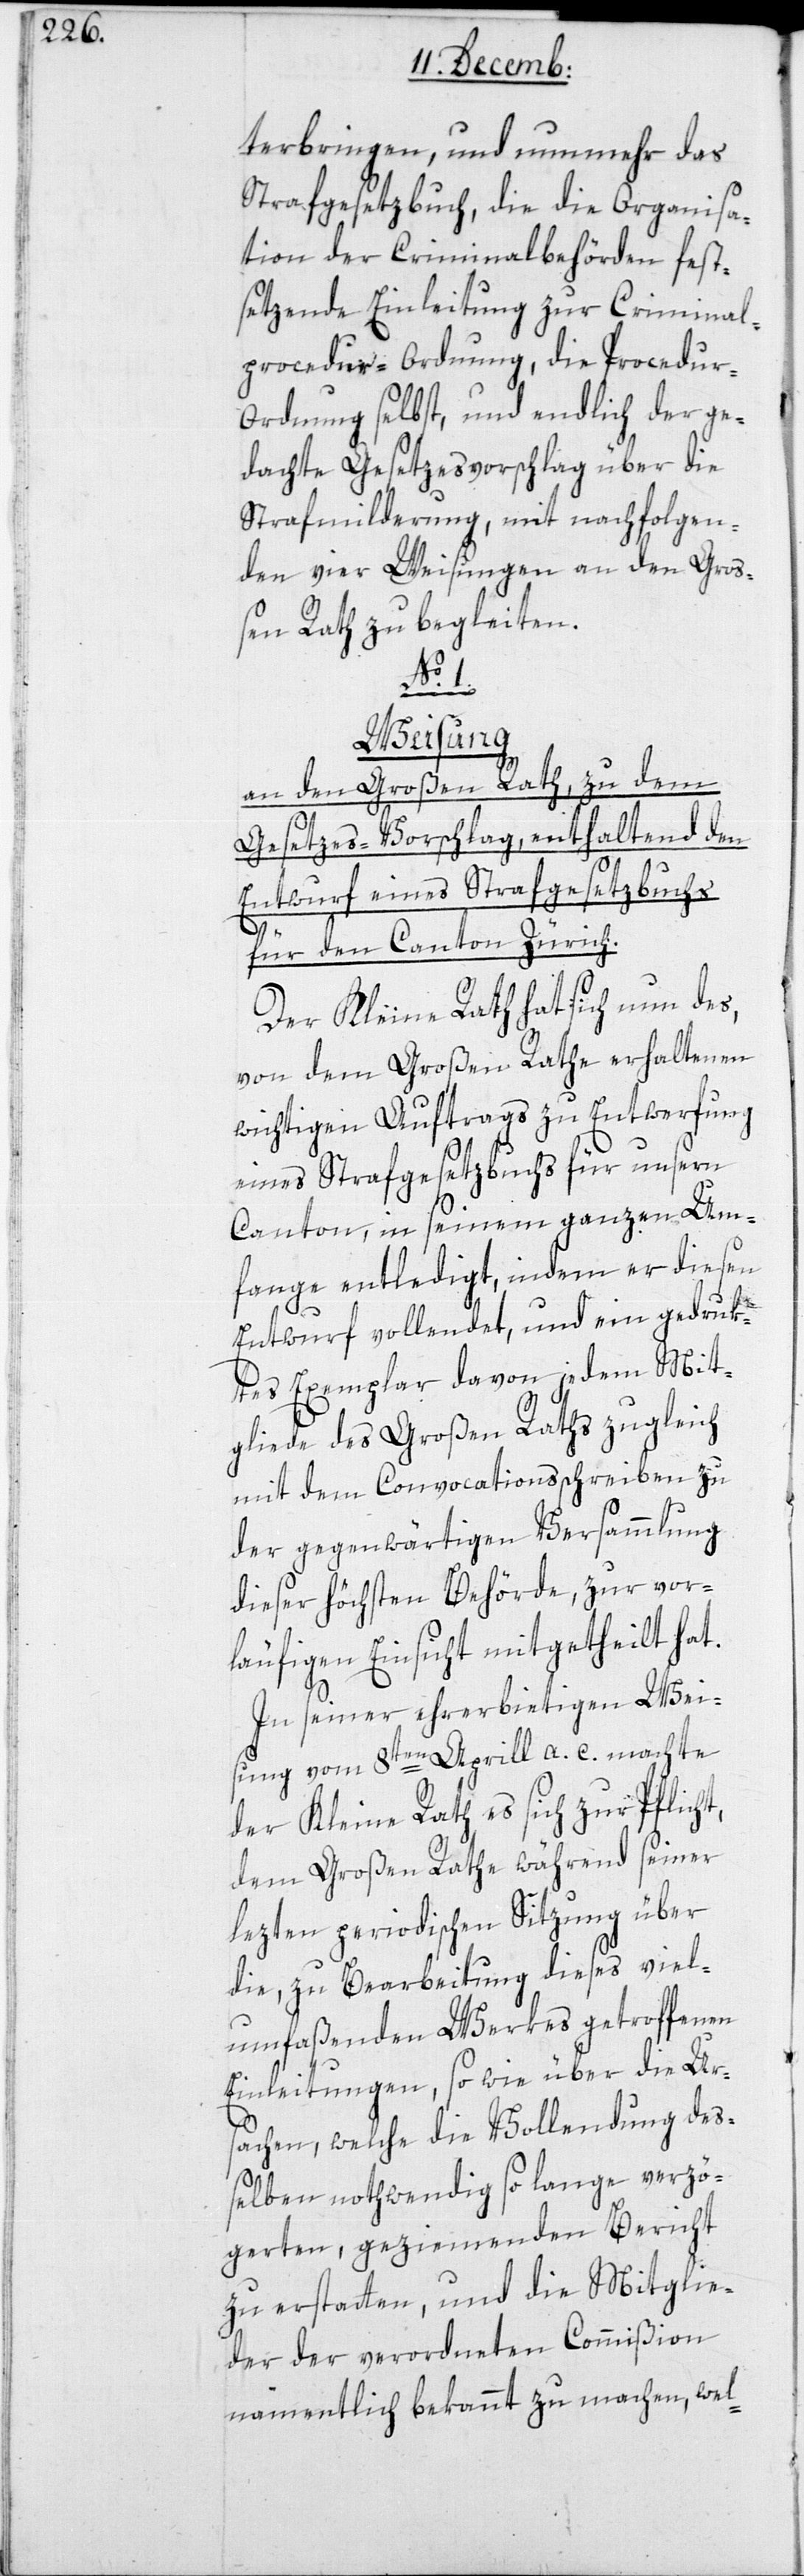
terbringen, und nunmehr das
Strafgesetzbuch, die die Organisa¬
tion der Criminalbehörden fest¬
setzende Einleitung zur Criminal¬
procedur-Ordnung, die Procedur-O¬
rdnung selbst, und endlich der ge¬
dachte Gesetzesvorschlag über die
Strafmilderung, mit nachfolgen¬
den vier Weisungen an den Gro¬
ßen Rath zu begleiten.
No.
Weisung
an den Großen Rath, zu dem
Gesetzes-Vorschlag, enthaltend den
Entwurf eines Strafgesetzbuchs
für den Canton Zürich.
Der Kleine Rath hat sich nun des,
von dem Großen Rathe erhaltenen
wichtigen Auftrags zu Entwerfung
eines Strafgesetzbuchs für unsern
Canton, in seinem ganzen Um¬
fange entledigt, indem er diesen
Entwurf vollendet, und ein gedruk¬
tes Exemplar davon jedem Mit¬
gliede des Großen Raths zugleich
mit dem Convocationsschreiben zu
der gegenwärtigen Versammlung
dieser höchsten Behörde, zur vor¬
läufigen Einsicht mitgetheilt hat.
In seiner ehrerbietigen Wei¬
sung vom 8ten April a. c. machte
der Kleine Rath es sich zur Pflicht,
dem großen Rathe während seiner
lezten periodischen Sitzung über
die, zu Bearbeitung dieses viel¬
umfaßenden Werkes getroffenen
Einleitungen, sowie über die Ur¬
sachen, welche die Vollendung de¬
ßelben nothwendig so lange verzö¬
gerten, geziemenden Bericht
zu erstatten, und die Mitglie¬
der der verordneten Commißion
namentlich bekannt zu machen, wel-